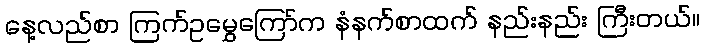
နေ့လည်စာ ကြက်ဥမွှေကြော်က နံနက်စာထက် နည်းနည်း ကြီးတယ်။